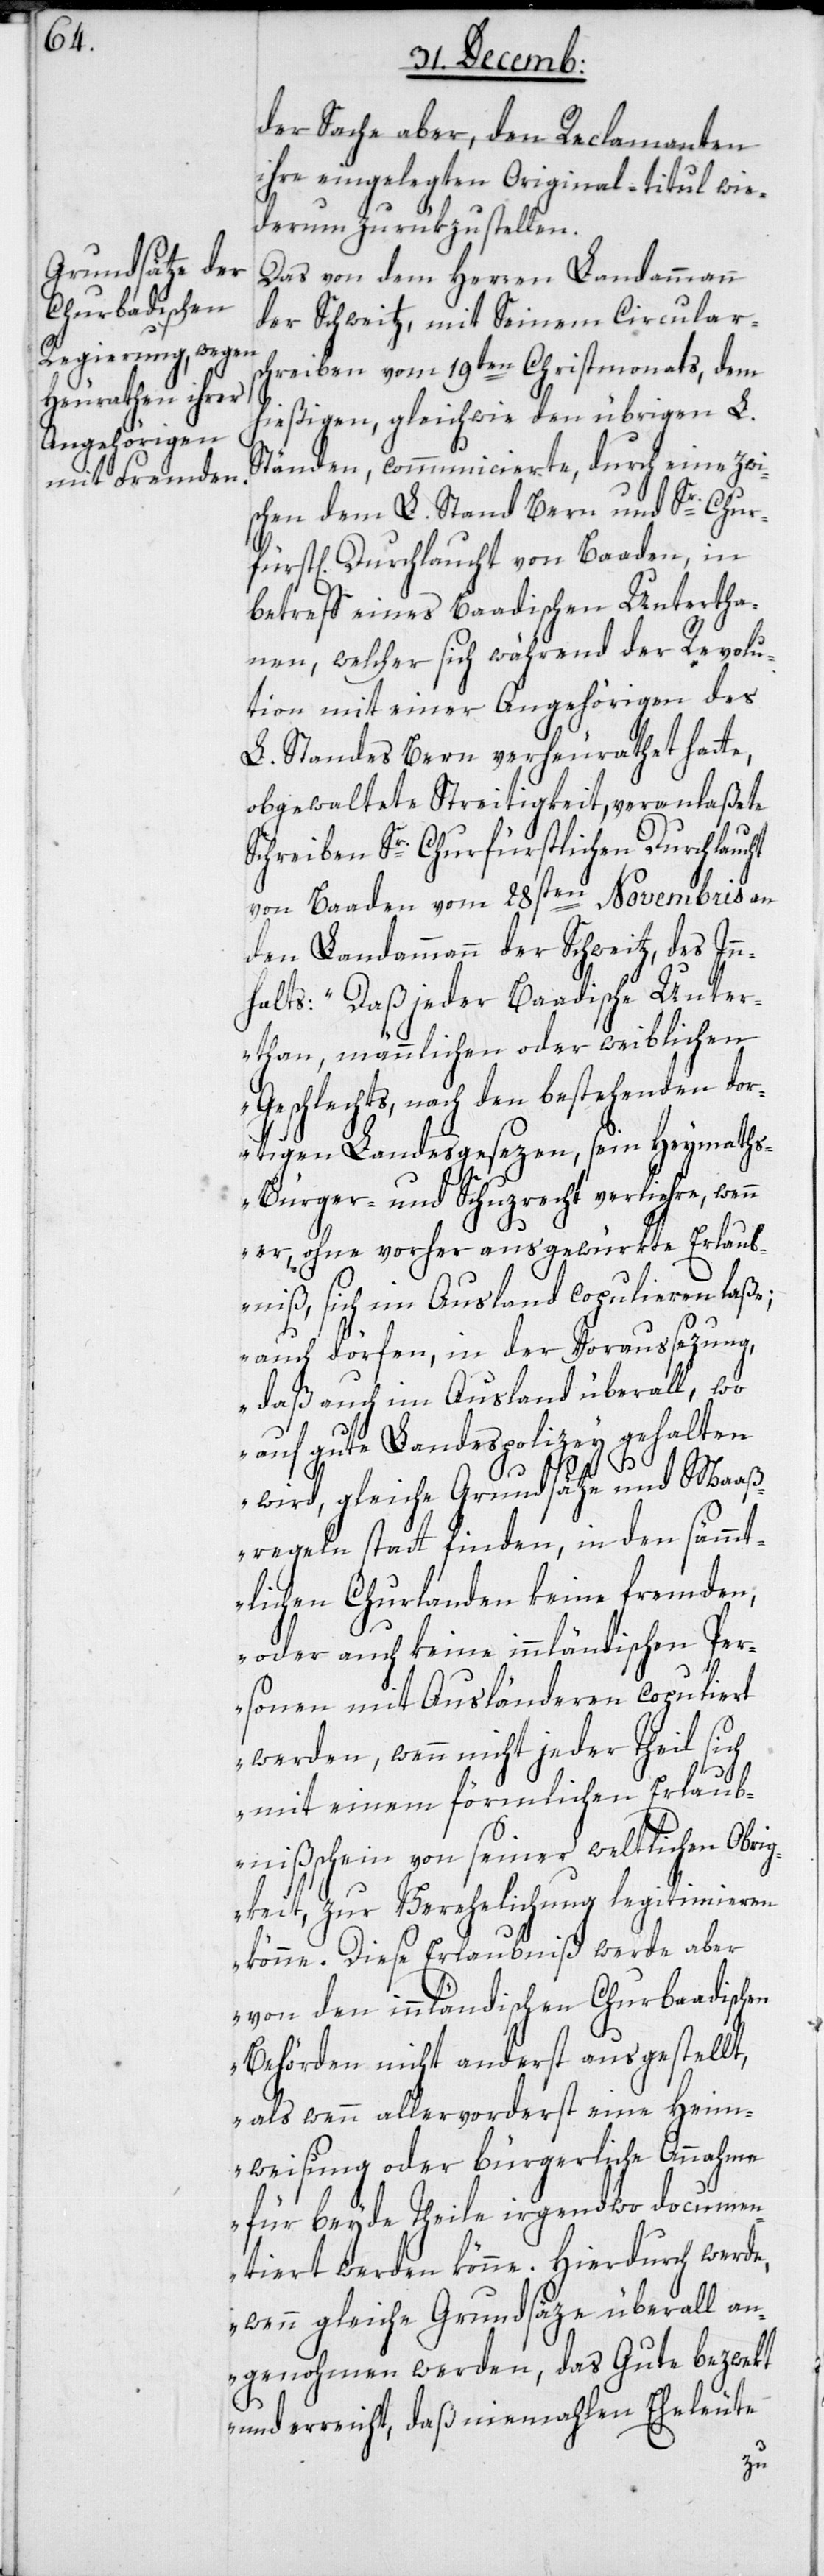
der Sache aber, den Reclamanten
ihre eingelegten Original-titul wie¬
derum zurükzustellen.
Das von dem Herren Landammann
der Schweitz mit Seinem Circular¬
schreiben vom 19ten Christmonats, dem
hießigen gleichwie den übrigen L.
Ständen communicierte, durch eine zwi¬
schen dem L. Stand Bern und Sr. Chur¬
t[lichen] Durchlaucht von Baaden, in
betreff eines Baadischen Untertha¬
nen, welcher sich während der Revolu¬
tion mit einer Angehörigen des
L. Standes Bern verheurathet hatte,
obgewaltete Streitigkeit, veranlaßete
Schreiben Sr. Churfüstlichen Durchlaucht
von Baaden vom 28sten Novembris an
den Landammann der Schweitz, des In¬
nhalts: „Daß jeder Baadische Unter¬
than, männlichen oder weiblichen
Geschlechts, nach den bestehenden dor¬
tigen Landesgesezen, sein Heymaths-,
Bürger- und Schuzrecht verliehre, wenn
er, ohne vorher ausgewürkte Erlaub¬
niß, sich im Ausland copulieren laße;
auch dörfen, in der Voraussezung,
daß auch im Ausland überall, wo
auf gute Landespolizey gehalten
wird, gleiche Grundsätze und Maaß¬
regeln statt finden, in den sämmt¬
lichen Churlanden keine fremden,
oder auch keine innländischen Per¬
sonen mit Ausländeren copuliert
werden, wenn nicht jeder Theil sich
fürs¬
mit einem förmlichen Erlaub¬
nißschein von seiner weltlichen Obrig¬
keit, zur Verehelichung legitimieren
könne. Diese Erlaubniß werde aber
von den innländischen Churbaadischen
Behörden nicht anderst ausgestellt,
als wenn allervorderst eine Heim¬
weisung oder bürgerliche Annahme
für beyde Theile irgendwo documen¬
tiert werden könne. Hierdurch werde,
wenn gleiche Grundsäze überall an¬
genommen werden, das Gute bezwekt
und erreicht, daß niemahlen Eheleute